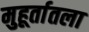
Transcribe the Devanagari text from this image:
मुहूर्तातला